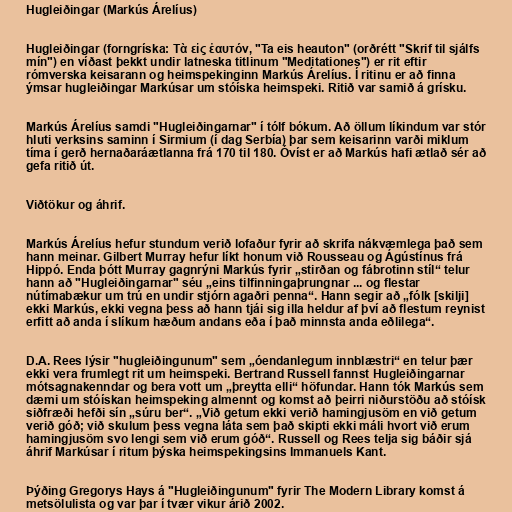
Hugleiðingar (Markús Árelíus)

Hugleiðingar (forngríska: Τὰ εἰς ἑαυτόν, "Ta eis heauton" (orðrétt "Skrif til sjálfs
mín") en víðast þekkt undir latneska titlinum "Meditationes") er rit eftir
rómverska keisarann og heimspekinginn Markús Árelíus. Í ritinu er að finna
ýmsar hugleiðingar Markúsar um stóíska heimspeki. Ritið var samið á grísku.

Markús Árelíus samdi "Hugleiðingarnar" í tólf bókum. Að öllum líkindum var stór
hluti verksins saminn í Sirmium (í dag Serbía) þar sem keisarinn varði miklum
tíma í gerð hernaðaráætlanna frá 170 til 180. Óvíst er að Markús hafi ætlað sér að
gefa ritið út.

Viðtökur og áhrif.

Markús Árelíus hefur stundum verið lofaður fyrir að skrifa nákvæmlega það sem
hann meinar. Gilbert Murray hefur líkt honum við Rousseau og Ágústínus frá
Hippó. Enda þótt Murray gagnrýni Markús fyrir „stirðan og fábrotinn stíl“ telur
hann að "Hugleiðingarnar" séu „eins tilfinningaþrungnar ... og flestar
nútímabækur um trú en undir stjórn agaðri penna“. Hann segir að „fólk [skilji]
ekki Markús, ekki vegna þess að hann tjái sig illa heldur af því að flestum reynist
erfitt að anda í slíkum hæðum andans eða í það minnsta anda eðlilega“.

D.A. Rees lýsir "hugleiðingunum" sem „óendanlegum innblæstri“ en telur þær
ekki vera frumlegt rit um heimspeki. Bertrand Russell fannst Hugleiðingarnar
mótsagnakenndar og bera vott um „þreytta elli“ höfundar. Hann tók Markús sem
dæmi um stóískan heimspeking almennt og komst að þeirri niðurstöðu að stóísk
siðfræði hefði sín „súru ber“. „Við getum ekki verið hamingjusöm en við getum
verið góð; við skulum þess vegna láta sem það skipti ekki máli hvort við erum
hamingjusöm svo lengi sem við erum góð“. Russell og Rees telja sig báðir sjá
áhrif Markúsar í ritum þýska heimspekingsins Immanuels Kant.

Þýðing Gregorys Hays á "Hugleiðingunum" fyrir The Modern Library komst á
metsölulista og var þar í tvær vikur árið 2002.